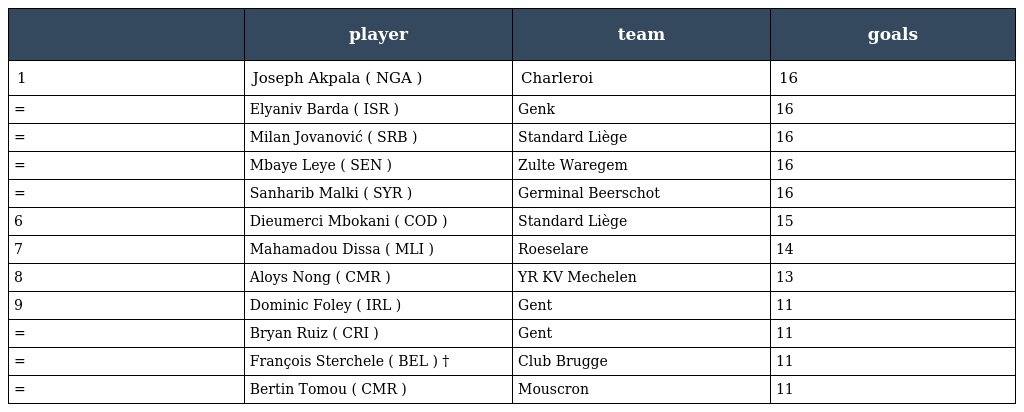
|  | player | team | goals |
 | --- | --- | --- | --- |
 | 1 | Joseph Akpala ( NGA ) | Charleroi | 16 |
 | = | Elyaniv Barda ( ISR ) | Genk | 16 |
 | = | Milan Jovanović ( SRB ) | Standard Liège | 16 |
 | = | Mbaye Leye ( SEN ) | Zulte Waregem | 16 |
 | = | Sanharib Malki ( SYR ) | Germinal Beerschot | 16 |
 | 6 | Dieumerci Mbokani ( COD ) | Standard Liège | 15 |
 | 7 | Mahamadou Dissa ( MLI ) | Roeselare | 14 |
 | 8 | Aloys Nong ( CMR ) | YR KV Mechelen | 13 |
 | 9 | Dominic Foley ( IRL ) | Gent | 11 |
 | = | Bryan Ruiz ( CRI ) | Gent | 11 |
 | = | François Sterchele ( BEL ) † | Club Brugge | 11 |
 | = | Bertin Tomou ( CMR ) | Mouscron | 11 |